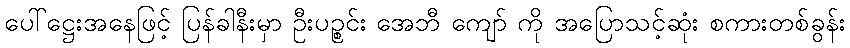
ပေါ်ဋ္ဌေးအနေဖြင့် ပြန်ခါနီးမှာ ဦးပဉ္စင်း အေဘီ ကျော် ကို အပြောသင့်ဆုံး စကားတစ်ခွန်း